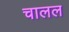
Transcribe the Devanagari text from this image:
चालल